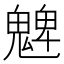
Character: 䰦